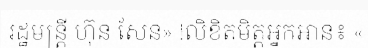
រដ្ឋមន្ត្រី ហ៊ុន សែន» !លិខិតមិត្តអ្នកអាន៖ «